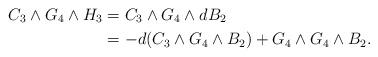
LaTeX: \begin{align*}C_3\wedge G_4\wedge H_3&=C_3\wedge G_4\wedge dB_2\\&=-d(C_3\wedge G_4\wedge B_2)+G_4\wedge G_4\wedge B_2.\end{align*}